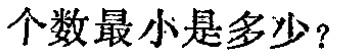
个数最小是多少？